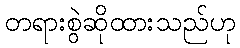
တရားစွဲဆိုထားသည်ဟု